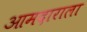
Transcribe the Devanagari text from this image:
आमदाराला